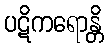
ပဋိကရောန္တိ